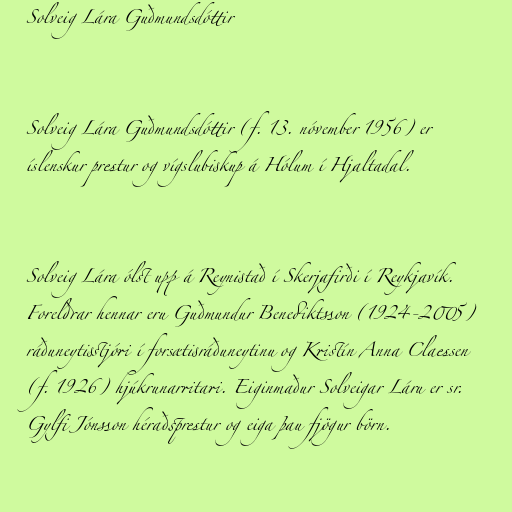
Solveig Lára Guðmundsdóttir

Solveig Lára Guðmundsdóttir (f. 13. nóvember 1956) er
íslenskur prestur og vígslubiskup á Hólum í Hjaltadal.

Solveig Lára ólst upp á Reynistað í Skerjafirði í Reykjavík.
Foreldrar hennar eru Guðmundur Benediktsson (1924-2005)
ráðuneytisstjóri í forsætisráðuneytinu og Kristín Anna Claessen
(f. 1926) hjúkrunarritari. Eiginmaður Solveigar Láru er sr.
Gylfi Jónsson héraðsprestur og eiga þau fjögur börn.